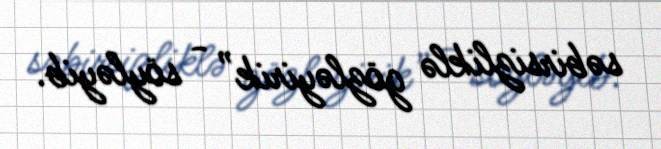
səbirsizliklə gözləyirik” - söyləyib.